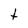
Character: t